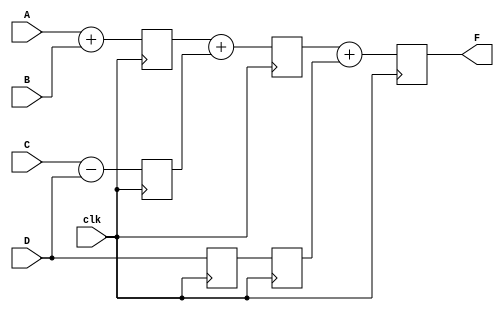
`timescale 1ns / 1ps
//////////////////////////////////////////////////////////////////////////////////
// Company: 
// Engineer: 
// 
// Design Name: 
// Module Name:    pipe_ex 
// Project Name: 
// Target Devices: 
// Tool versions: 
// Description: 
//
// Dependencies: 
//
// Revision: 
// Revision 0.01 - File Created
// Additional Comments: 
//
//////////////////////////////////////////////////////////////////////////////////
module pipe_ex(F,A,B,C,D,clk);
parameter N=10;
input [N-1:0] A,B,C,D;
input clk;
output [N-1:0] F;

reg [N-1:0] L12_x1,L12_x2,L12_D,L23_x3,L23_D,L34_F;
assign F=L34_F;
always @ (posedge clk)
begin
L12_x1<=#4 A+B;
L12_x2<=#4 C-D;
L12_D<=#4 D;
end
always @ (posedge clk)
begin
L23_x3<=#4 L12_x1+L12_x2;
L23_D<=#4L12_D;
end
always @(posedge clk)
begin
L34_F<=#6 L23_x3+L23_D;
end
endmodule